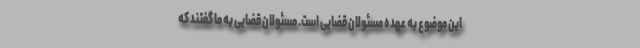
این موضوع به عهده مسئولان قضایی است. مسئولان قضایی به ما گفتند که